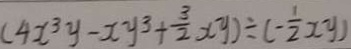
( 4 x ^ { 3 } y - x y ^ { 3 } + \frac { 3 } { 2 } x y ) \div ( - \frac { 1 } { 2 } x y )